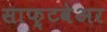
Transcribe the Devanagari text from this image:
साफ़्टवेअर